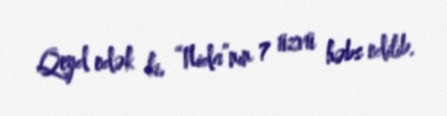
Qeyd edək ki, “Nida”nın 7 üzvü həbs edilib.